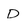
Character: D